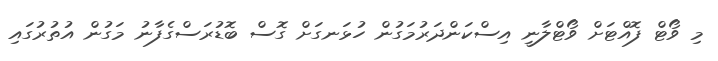
މި ވޯޓް ފޮއްޓަށް ވޯޓްލާނީ އިސްކަންދަރުމަގުން ހުޅަނގަށް ގޮސް ބޮޑުރަސްގެފާނު މަގުން އުތުރުގައި